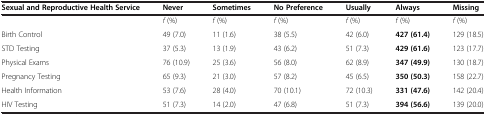
<table><thead><tr><td><b>Sexual and Reproductive Health Service</b></td><td><b>Never</b></td><td><b>Sometimes</b></td><td><b>No Preference</b></td><td><b>Usually</b></td><td><b>Always</b></td><td><b>Missing</b></td></tr></thead><tbody><tr><td> </td><td><i>f</i> (%)</td><td><i>f</i> (%)</td><td><i>f</i> (%)</td><td><i>f</i> (%)</td><td><i>f</i> (%)</td><td><i>f</i> (%)</td></tr><tr><td>Birth Control</td><td>49 (7.0)</td><td>11 (1.6)</td><td>38 (5.5)</td><td>42 (6.0)</td><td><b>427 (61.4)</b></td><td>129 (18.5)</td></tr><tr><td>STD Testing</td><td>37 (5.3)</td><td>13 (1.9)</td><td>43 (6.2)</td><td>51 (7.3)</td><td><b>429 (61.6)</b></td><td>123 (17.7)</td></tr><tr><td>Physical Exams</td><td>76 (10.9)</td><td>25 (3.6)</td><td>56 (8.0)</td><td>62 (8.9)</td><td><b>347 (49.9)</b></td><td>130 (18.7)</td></tr><tr><td>Pregnancy Testing</td><td>65 (9.3)</td><td>21 (3.0)</td><td>57 (8.2)</td><td>45 (6.5)</td><td><b>350 (50.3)</b></td><td>158 (22.7)</td></tr><tr><td>Health Information</td><td>53 (7.6)</td><td>28 (4.0)</td><td>70 (10.1)</td><td>72 (10.3)</td><td><b>331 (47.6)</b></td><td>142 (20.4)</td></tr><tr><td>HIV Testing</td><td>51 (7.3)</td><td>14 (2.0)</td><td>47 (6.8)</td><td>51 (7.3)</td><td><b>394 (56.6)</b></td><td>139 (20.0)</td></tr></tbody></table>